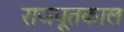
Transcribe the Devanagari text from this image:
राजपूतकाल